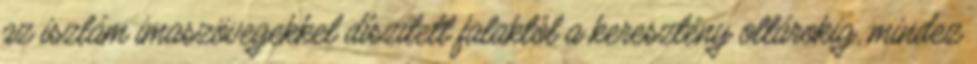
az iszlám imaszövegekkel díszített falaktól a keresztény oltárokig, mindez